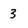
Character: 3